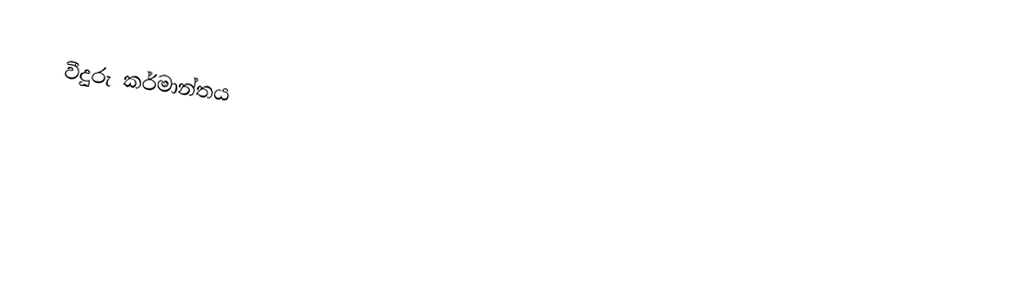
වීදුරු කර්මාන්තය